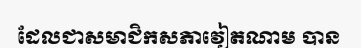
ដែលជាសមាជិកសភាវៀតណាម បាន